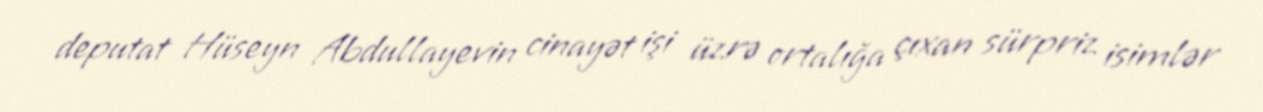
deputat Hüseyn Abdullayevin cinayət işi üzrə ortalığa çıxan sürpriz isimlər